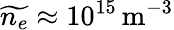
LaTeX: \widetilde{n_{e}}\approx 10^{15}\, \mathrm{m^{-3}}